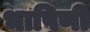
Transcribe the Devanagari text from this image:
भाषिणी